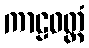
ကာဠဝတ္ထံ